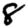
Digit: 8